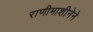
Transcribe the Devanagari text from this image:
राणीमाशीनेने